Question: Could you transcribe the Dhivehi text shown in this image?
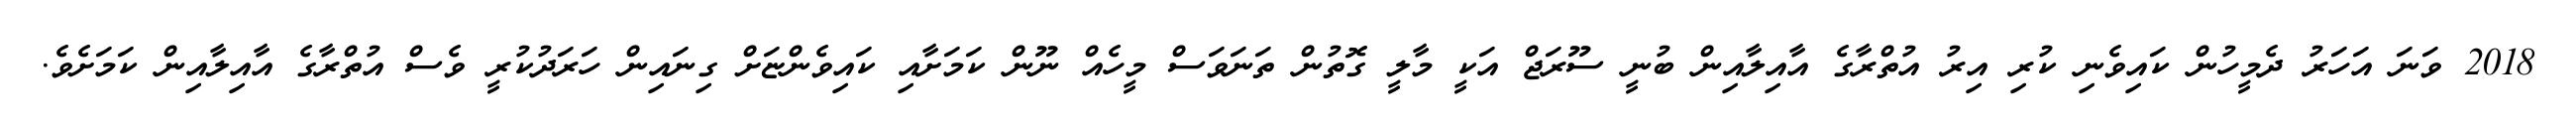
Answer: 2018 ވަނަ އަހަރު ދެމީހުން ކައިވެނި ކުރި އިރު އުތްރާގެ އާއިލާއިން ބުނީ ސޫރަޖް އަކީ މާލީ ގޮތުން ތަނަވަސް މީހެއް ނޫން ކަމަށާއި ކައިވެންޏަށް ގިނައިން ހަރަދުކުރީ ވެސް އުތްރާގެ އާއިލާއިން ކަމަށެވެ.